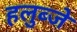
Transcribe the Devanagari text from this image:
हलुब्जे